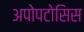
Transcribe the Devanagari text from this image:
अपोपटोसिस